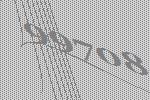
99708